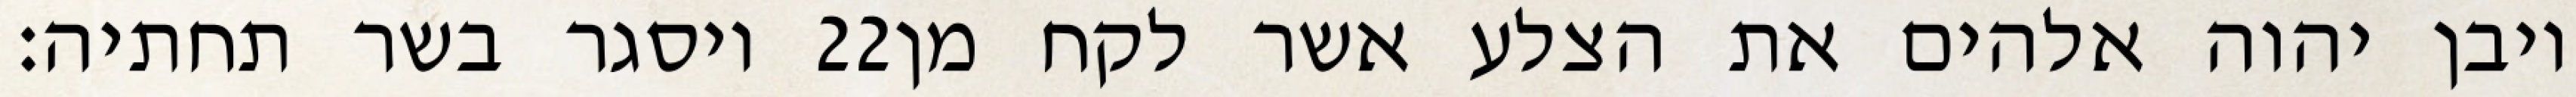
ויסגר בשר תחתיה׃ ‎22‏ ויבן יהוה אלהים את הצלע אשר לקח מן